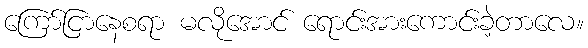
ကြော်ငြာနေစရာ မလိုအောင် ရောင်းအားကောင်းခဲ့တာလေ။